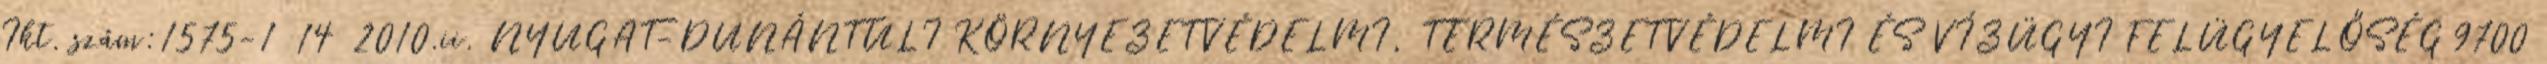
Ikt. szám:1575-1 14 2010.ii. NYUGAT-DUNÁNTÚLI KÖRNYEZETVÉDELMI, TERMÉSZETVÉDELMI ÉS VÍZÜGYI FELÜGYELŐSÉG 9700